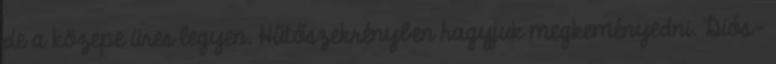
de a közepe üres legyen. Hűtőszekrényben hagyjuk megkeményedni. Diós-